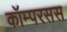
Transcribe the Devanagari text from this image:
कॉम्परसस